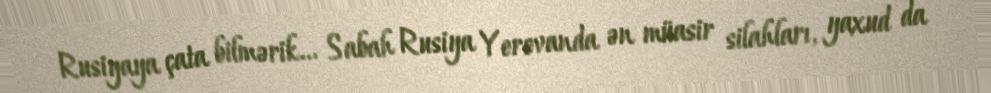
Rusiyaya çata bilmərik... Sabah Rusiya Yerevanda ən müasir silahları, yaxud da